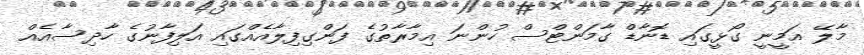
މާލޭ އަމީނީ ގޯޅީގައި ޑޮނާޑް ގާމަންޓްސް ހުންނަ އިމާރާތުގެ ފަންގިފިލާއެއްގައި އަލިފާނުގެ ހާދިސާއެއް